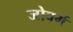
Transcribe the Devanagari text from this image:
जोबर्ग